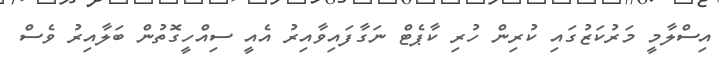
އިސްލާމީ މަރުކަޒުގައި ކުރިން ހުރި ކާޕެޓް ނަގާފައިވާއިރު އެއީ ސިއްހީގޮތުން ބަލާއިރު ވެސް